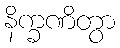
နိက္ခဏိတွာ